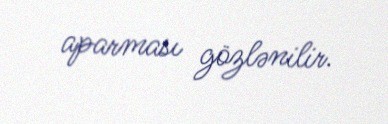
aparması gözlənilir.